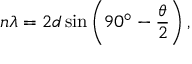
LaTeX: n \lambda = 2 d \sin \left( 9 0 ^ { \circ } - { \frac { \theta } { 2 } } \right) ,